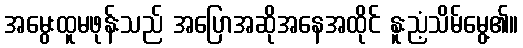
အမွေးထူမဖုန်းသည် အပြောအဆိုအနေအထိုင် နူးညံ့သိမ်မွေ့၏။